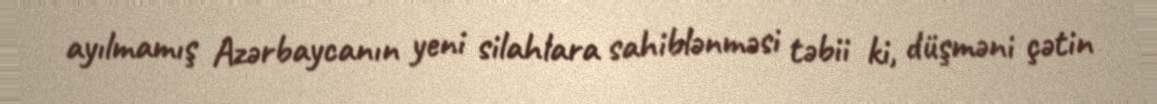
ayılmamış Azərbaycanın yeni silahlara sahiblənməsi təbii ki, düşməni çətin